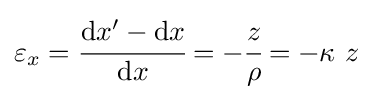
\varepsilon _{x}={\cfrac {\mathrm {d} x'-\mathrm {d} x}{\mathrm {d} x}}=-{\cfrac {z}{\rho }}=-\kappa ~z